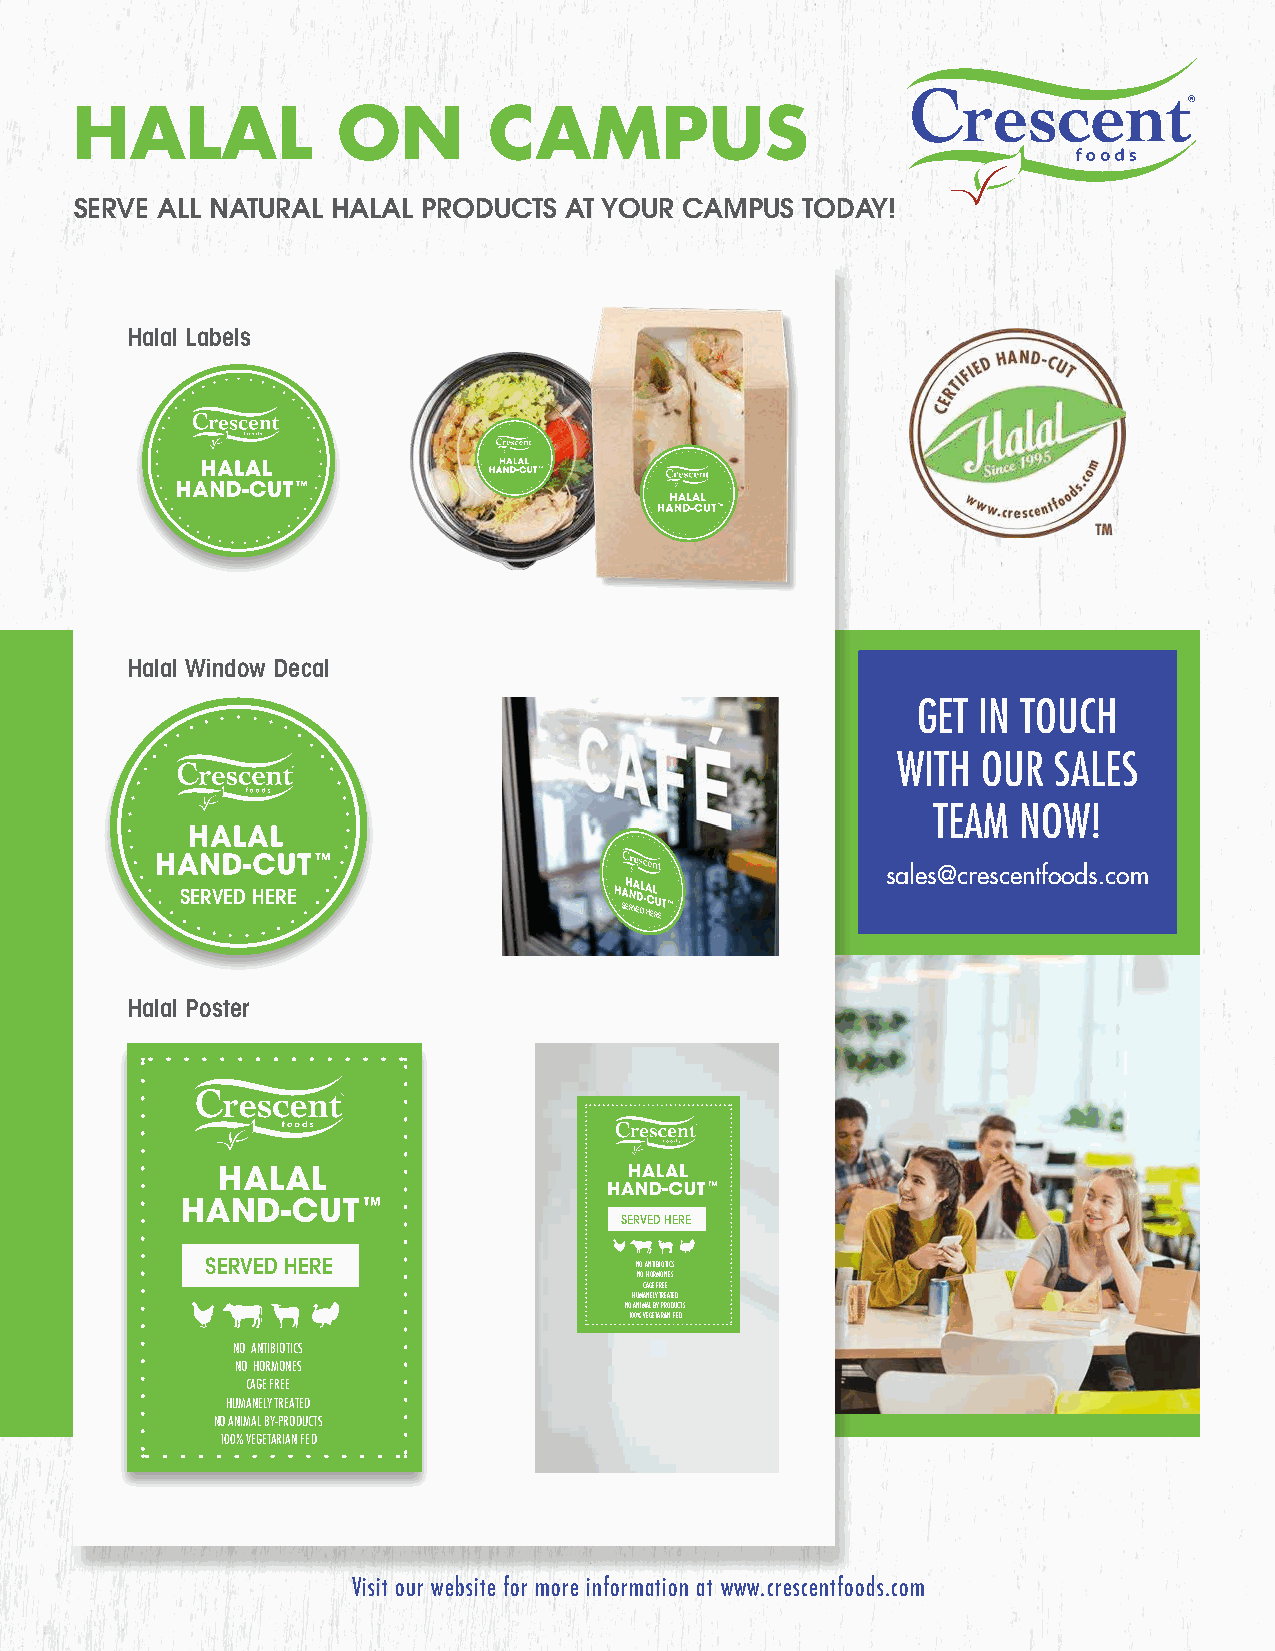
HALAL            ON        CAMPUS
 SERVE ALL NATURAL HALAL PRODUCTS AT YOUR CAMPUS TODAY!
 Halal Labels
 Halal Window Decal
 GET IN TOUCH
 WITH  OUR  SALES
 TEAM NOW!
 sales@crescentfoods.com
 SERVED HERE
 SERVED
 HERE
 Halal Poster
 SERVED HERE
 SERVED HERE                 NO ANTIBIOTICS
 NO HORMONES
 CAGE FREE
 HUMANELY TREATED
 NO ANIMAL BY-PRODUCTS
 100% VEGETARIAN FED
 NO ANTIBIOTICS
 NO HORMONES
 CAGE FREE
 HUMANELY TREATED
 NO ANIMAL BY-PRODUCTS
 100% VEGETARIAN FED
 Visit our website for more information at www.crescentfoods.com